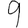
Digit: 9